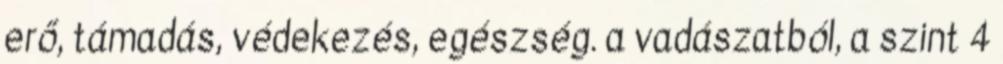
erő, támadás, védekezés, egészség. a vadászatból, a szint 4